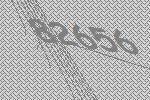
82656